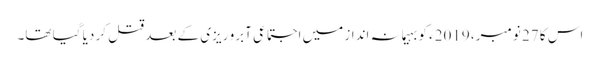
اس کا 27 نومبر، 2019ء کو بہیمانہ انداز میں اجتماعی آبرو ریزی کے بعد قتل کر دیا گیا تھا۔